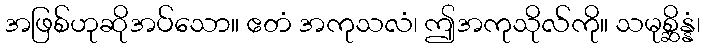
အဖြစ်ဟုဆိုအပ်သော။ ဧတံ အကုသလံ၊ ဤအကုသိုလ်ကို။ သမုစ္ဆိန္နံ၊